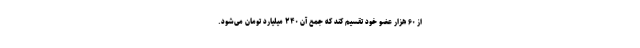
از ۶۰ هزار عضو خود تقسیم کند که جمع آن ۲۴۰ میلیارد تومان می‌شود.